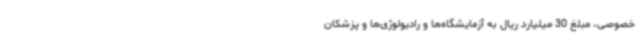
خصوصی، مبلغ 30 میلیارد ریال به آزمایشگاه‌ها و رادیولوژی‌ها و پزشکان